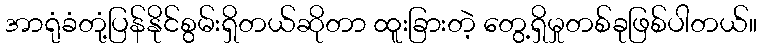
အာရုံခံတုံ့ပြန်နိုင်စွမ်းရှိတယ်ဆိုတာ ထူးခြားတဲ့ တွေ့ရှိမှုတစ်ခုဖြစ်ပါတယ်။